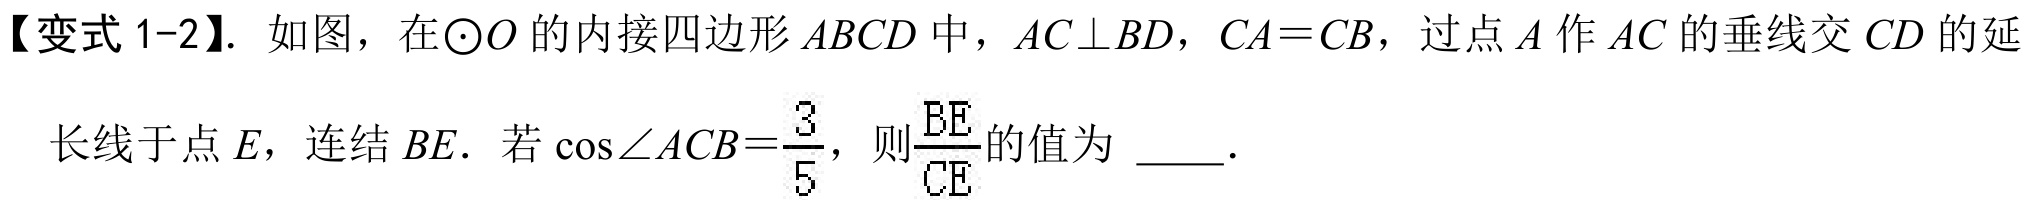
【变式1-2】. 如图，在$\odot O$的内接四边形$ABCD$中，$AC\perp BD$，$CA = CB$，过点$A$作$AC$的垂线交$CD$的延\\
长线于点$E$，连结$BE$. 若$\cos\angle ACB=\frac{3}{5}$，则$\frac{BE}{CE}$的值为 \_\_\_.